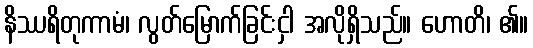
နိဿရိတုကာမံ၊ လွတ်မြောက်ခြင်းငှါ အလိုရှိသည်။ ဟောတိ၊ ၏။